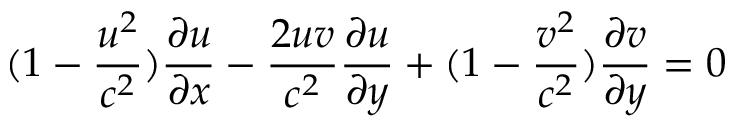
( 1 - \frac { u ^ { 2 } } { c ^ { 2 } } ) \frac { \partial u } { \partial x } - \frac { 2 u v } { c ^ { 2 } } \frac { \partial u } { \partial y } + ( 1 - \frac { v ^ { 2 } } { c ^ { 2 } } ) \frac { \partial v } { \partial y } = 0